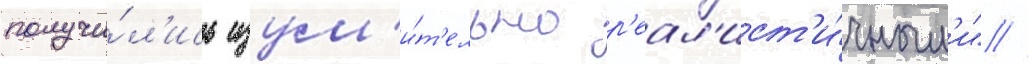
получи́л'ись изум'и́т'ельно р'еал'ист'и́чным'и" //